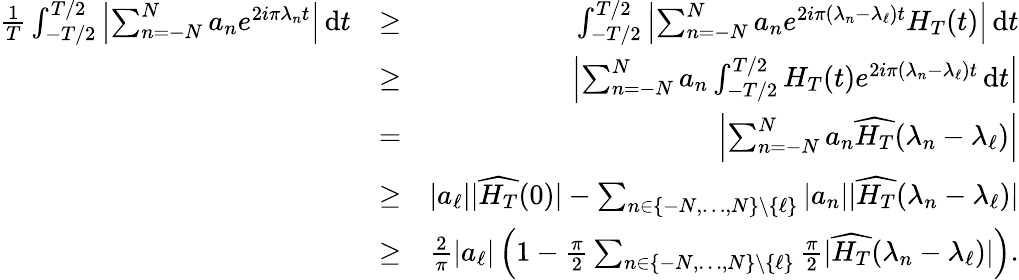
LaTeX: \begin{array}{rlr}{\frac{1}{T}\int_{-T/2}^{T/2}{\left|{\sum_{n=-N}^{N}a_{n}e^{2i\pi\lambda_{n}t}}\right|}\, \mathrm{d}t}&{\geq}&{\int_{-T/2}^{T/2}{\left|{\sum_{n=-N}^{N}a_{n}e^{2i\pi(\lambda_{n}-\lambda_{\ell})t}H_{T}(t)}\right|}\, \mathrm{d}t}\\ &{\geq}&{{\left|{\sum_{n=-N}^{N}a_{n}\int_{-T/2}^{T/2}H_{T}(t)e^{2i\pi(\lambda_{n}-\lambda_{\ell})t}\, \mathrm{d}t}\right|}}\\ &{=}&{{\left|{\sum_{n=-N}^{N}a_{n}\widehat{H_{T}}(\lambda_{n}-\lambda_{\ell})}\right|}}\\ &{\geq}&{|a_{\ell}||\widehat{H_{T}}(0)|-\sum_{n\in\{ -N,\ldots,N\} \setminus\{ \ell\} }|a_{n}||\widehat{H_{T}}(\lambda_{n}-\lambda_{\ell})|}\\ &{\geq}&{\frac{2}{\pi}|a_{\ell}|\left(1-\frac{\pi}{2}\sum_{n\in\{ -N,\ldots,N\} \setminus\{ \ell\} }\frac{\pi}{2}|\widehat{H_{T}}(\lambda_{n}-\lambda_{\ell})|\right).}\end{array}